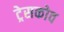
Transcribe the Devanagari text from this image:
ट्रेसकोव